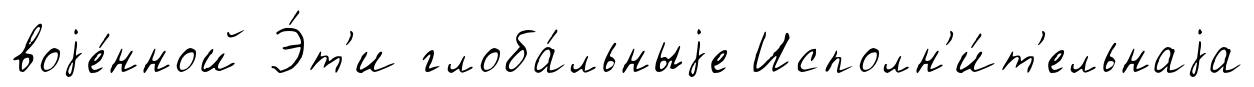
воjе́нной Э́т'и глоба́льныjе Исполн'и́т'ельнаjа